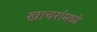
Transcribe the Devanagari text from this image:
खाचरांमध्ये